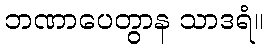
ဘဏာပေတွာန သာဒရံ။